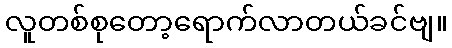
လူတစ်စုတော့ရောက်လာတယ်ခင်ဗျ။